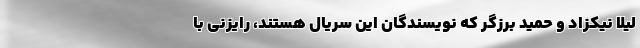
لیلا نیکزاد و حمید برزگر که نویسندگان این سریال هستند، رایزنی با